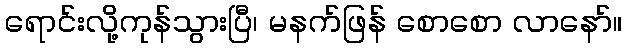
ရောင်းလို့ကုန်သွားပြီ၊ မနက်ဖြန် စောစော လာနော်။